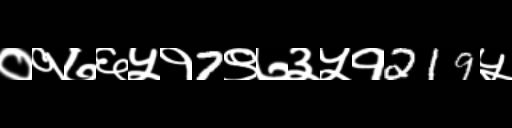
Text: ०१७६५१7९७३५१219५